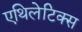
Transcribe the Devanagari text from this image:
एथिलेटिक्स